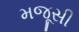
મજૂસી